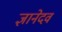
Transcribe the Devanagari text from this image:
ज्ञानेदव